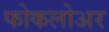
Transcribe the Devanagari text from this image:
फोकलोअर